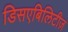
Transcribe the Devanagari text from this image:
डिसएबिलिटीज़